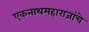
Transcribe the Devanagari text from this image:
एकनाथमहाराजांचे